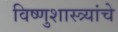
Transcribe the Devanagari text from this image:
विष्णुशास्त्र्यांचे